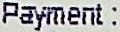
PAYMENT :